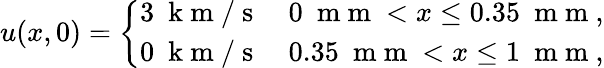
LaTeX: u(x,0)=\left\{ \begin{array}{ll}{3~\mathrm{~k~m~}/\mathrm{~s~}}&{0~\mathrm{~m~m~}<x\leq 0.35~\mathrm{~m~m~},}\\ {0~\mathrm{~k~m~}/\mathrm{~s~}}&{0.35~\mathrm{~m~m~}<x\leq 1~\mathrm{~m~m~},}\end{array}\right.